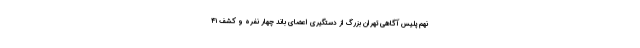
نهم پلیس آگاهی تهران بزرگ از دستگیری اعضای باند چهار نفره و کشف ۴۱